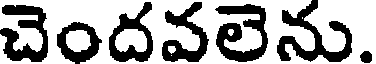
చెందవలెను.